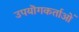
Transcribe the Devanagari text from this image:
उपयॊगकर्ताओं